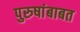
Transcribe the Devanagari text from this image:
पुरुषांबाबत